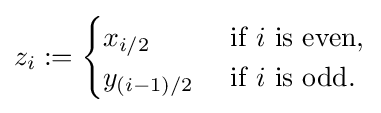
z_{i}:={\begin{cases}x_{i/2}&{\text{ if }}i{\text{ is even,}}\\y_{(i-1)/2}&{\text{ if }}i{\text{ is odd.}}\end{cases}}